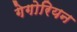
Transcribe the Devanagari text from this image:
गेगोरियन